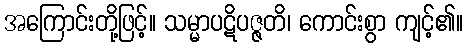
အကြောင်းတို့ဖြင့်။ သမ္မာပဋိပဇ္ဇတိ၊ ကောင်းစွာ ကျင့်၏။